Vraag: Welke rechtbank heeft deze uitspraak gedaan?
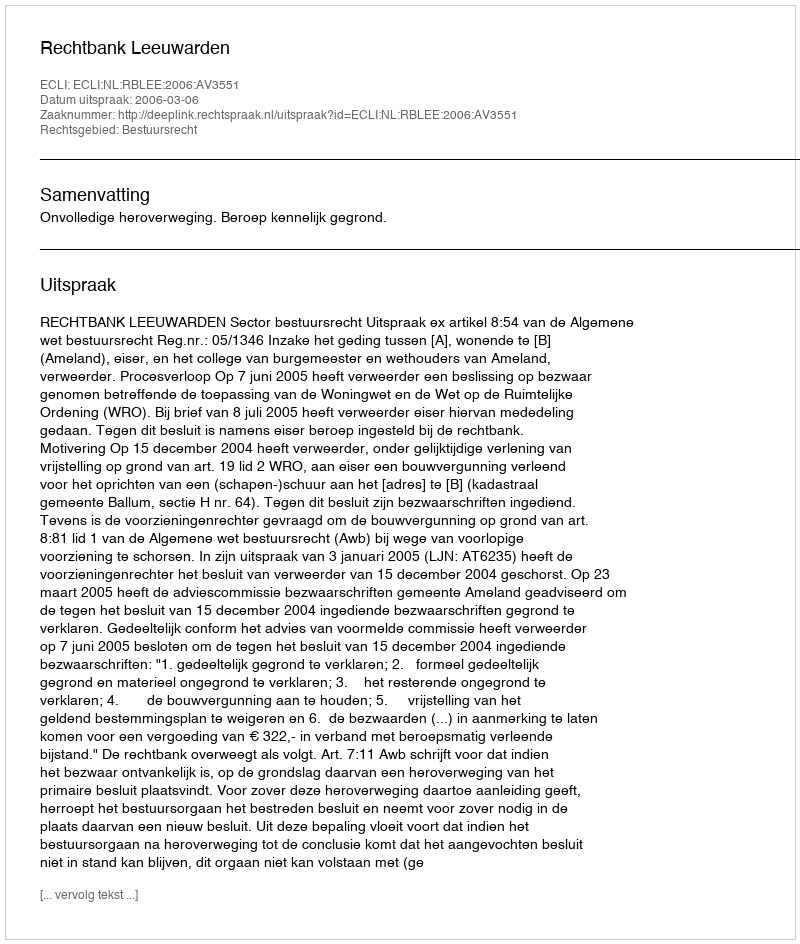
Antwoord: Rechtbank Leeuwarden